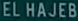
EL HAJEB